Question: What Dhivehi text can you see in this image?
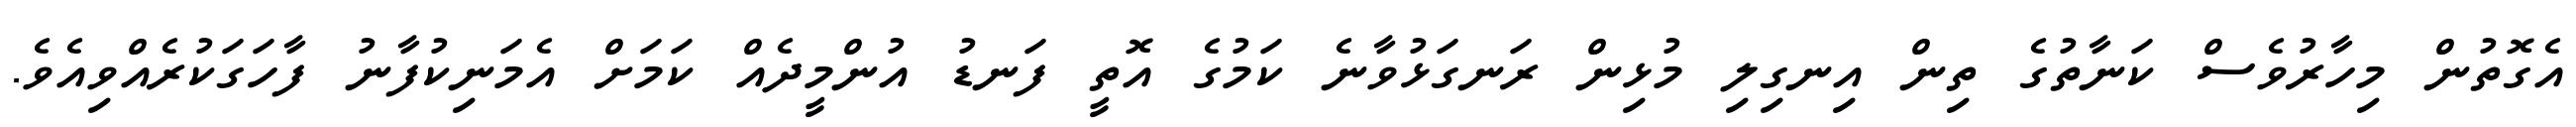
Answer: އެގޮތުން މިހާރުވެސް ކަނާތުގެ ތިން އިނގިލި މުޅިން ރަނގަޅުވާނެ ކަމުގެ އޮތީ ފަނޑު އުންމީދެއް ކަމަށް އެމަނިކުފާނު ފާހަގަކުރެއްވިއެވެ.